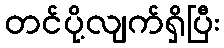
တင်ပို့လျက်ရှိပြီး